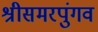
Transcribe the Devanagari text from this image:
श्रीसमरपुंगव